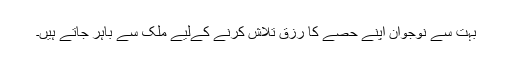
بہت سے نوجوان اپنے حصے کا رزق تلاش کرنے کےلیے ملک سے باہر جاتے ہیں۔